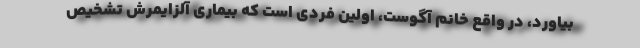
بیاورد، در واقع خانم آگوست، اولین فردی است که بیماری آلزایمرش تشخیص